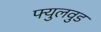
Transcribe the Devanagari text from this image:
फ्युलवुड